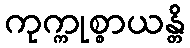
ကုက္ကုစ္စာယန္တိ